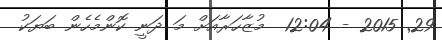
29